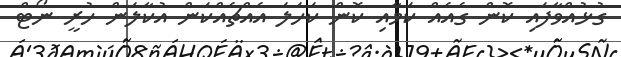
ގުޅުއްވާފައި ކޮން ގެއެއް ކަމާއި ކޮން ކަހަލަ އެއްޗެއްކަން އުކާލަން ހުރީ ނޯޓް